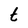
Character: t